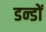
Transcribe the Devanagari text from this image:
डन्डों